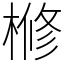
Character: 𣘀